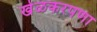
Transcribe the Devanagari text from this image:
खेळकरपणा